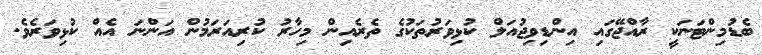
ބެޑުމިންޓަނަކީ ރާއްޖޭގައި އިންޑިވިޖުއަލް ކުޅިވަރުތަކުގެ ތެރެއިން މިހާރު ކުރިއަރަމުން އަންނަ އެއް ކުޅިވަރެވެ.